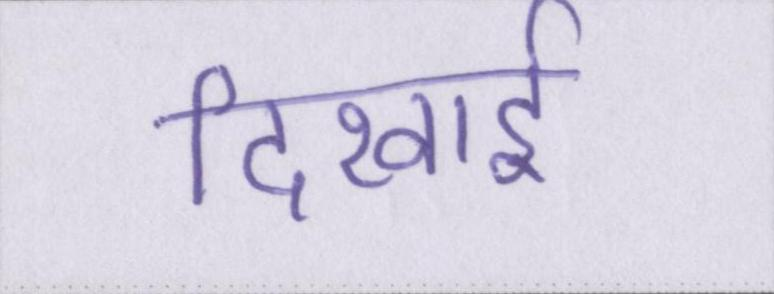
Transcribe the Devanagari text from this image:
दिखाई